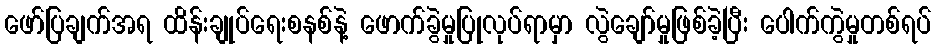
ဖော်ပြချက်အရ ထိန်းချုပ်ရေးစနစ်နဲ့ ဖောက်ခွဲမှုပြုလုပ်ရာမှာ လွဲချော်မှုဖြစ်ခဲ့ပြီး ပေါက်ကွဲမှုတစ်ရပ်